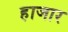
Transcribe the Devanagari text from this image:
हाजार